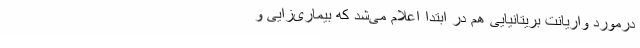
درمورد واریانت بریتانیایی هم در ابتدا اعلام می‌شد که بیماری‌زایی و